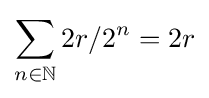
\sum _{n\in \mathbb {N} }2r/2^{n}=2r